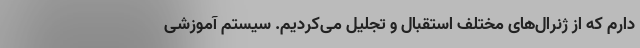
دارم که از ژنرال‌های مختلف استقبال و تجلیل می‌کردیم. سیستم آموزشی